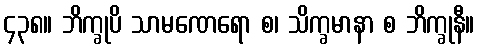
၄၃၈။ ဘိက္ခုပိ သာမဏေရော စ၊ သိက္ခမာနာ စ ဘိက္ခုနီ။